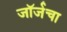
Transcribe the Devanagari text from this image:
जॉर्जचा